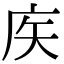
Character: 𢇻